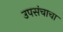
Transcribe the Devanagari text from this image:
उपसंचाचा